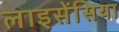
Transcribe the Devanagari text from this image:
लाइसेंसिया